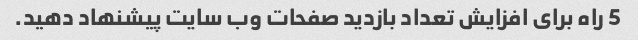
5 راه برای افزایش تعداد بازدید صفحات وب سایت پیشنهاد دهید.